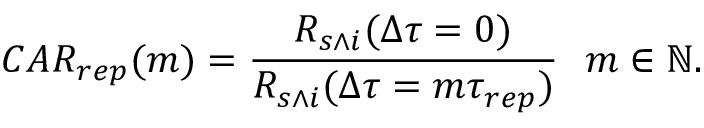
C A R _ { r e p } ( m ) = \frac { R _ { s \wedge i } ( \Delta \tau = 0 ) } { R _ { s \wedge i } ( \Delta \tau = m \tau _ { r e p } ) } \ \ m \in \mathbb { N } .